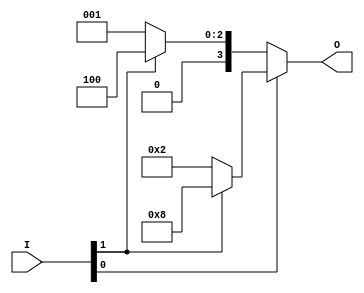
module deco(I, O);
input [1:0] I;
output [3:0] O;

assign O = I[0] ? (I[1] ? 4'b1000 : 4'b0010) : (I[1] ? 4'b0100 : 4'b0001);

endmodule